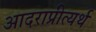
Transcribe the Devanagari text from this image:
आदराप्रीत्यर्थ